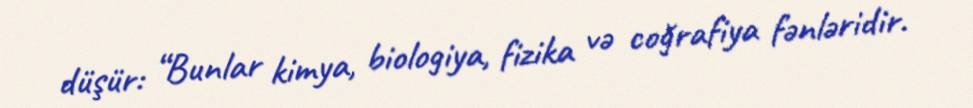
düşür: “Bunlar kimya, biologiya, fizika və coğrafiya fənləridir.